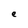
Character: e